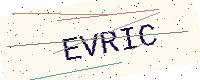
Text: EVRIC